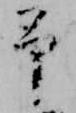
予